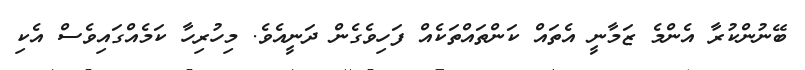
ބޭނުންކުރާ އެންމެ ޒަމާނީ އެތައް ކަންތައްތަކެއް ފަހިވެގެން ދަނީއެވެ. މިހުރިހާ ކަމެއްގައިވެސް އެކި